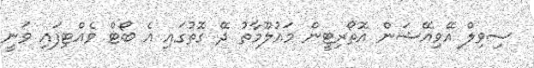
ސިވިލް އޭވިއޭޝަން އޮތޯރިޓީން މައުލޫމާތު ދޭ ގޮތުގައި އެ ބޯޓް ވެއްޓިފައި ވަނީ